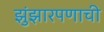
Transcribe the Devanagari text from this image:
झुंझारपणाची